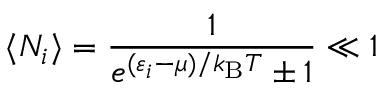
\langle N _ { i } \rangle = { \frac { 1 } { e ^ { ( \varepsilon _ { i } - \mu ) / k _ { \mathrm { { B } } } T } \pm 1 } } \ll 1